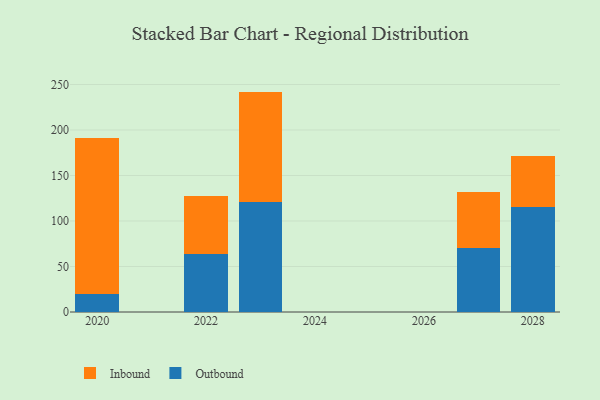
{"axis": {"x": "Year", "y": "Production Output"}, "legend": ["Inbound", "Outbound"], "data": [{"x": "2023", "y": 121.0, "type": "Outbound"}, {"x": "2023", "y": 121.2, "type": "Inbound"}, {"x": "2027", "y": 70.2, "type": "Outbound"}, {"x": "2027", "y": 61.9, "type": "Inbound"}, {"x": "2028", "y": 115.5, "type": "Outbound"}, {"x": "2028", "y": 55.8, "type": "Inbound"}, {"x": "2022", "y": 63.9, "type": "Outbound"}, {"x": "2022", "y": 64.1, "type": "Inbound"}, {"x": "2020", "y": 19.9, "type": "Outbound"}, {"x": "2020", "y": 171.5, "type": "Inbound"}]}